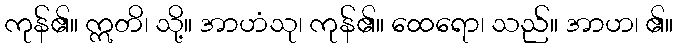
ကုန်၏။ ဣတိ၊ သို့။ အာဟံသု၊ ကုန်၏။ ထေရော၊ သည်။ အာဟ၊ ၏။